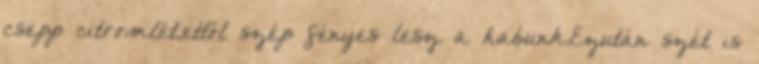
csepp citromlét,ettől szép fényes lesz a habunk.Ezután szét is